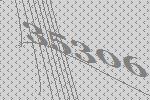
35306